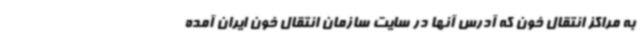
به مراکز انتقال خون که آدرس آنها در سایت سازمان انتقال خون ایران آمده